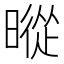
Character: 暰